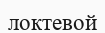
локтевой